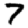
Digit: 7